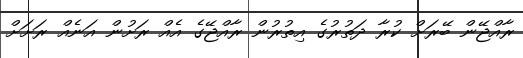
ރާއްޖޭން ބޭރަށް ކުރާ ދަތުރުގެ އިތުރުން ރާއްޖޭގެ އެއް ރަށުން އަނެއް ރަށަށް